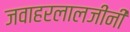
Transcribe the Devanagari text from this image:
जवाहरलालजींनी